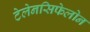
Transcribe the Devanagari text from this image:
टेलेनसिफेलोन